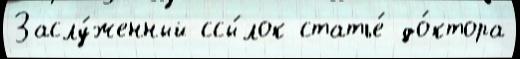
Заслу́женный ссы́лок статье́ до́ктора